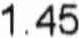
1.45